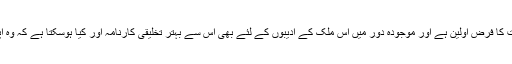
اس لئے عوام کی بہتری پر عمومی جماعت کا فرض اولین ہے اور موجودہ دور میں اس ملک کے ادیبوں کے لئے بھی اس سے بہتر تخلیقی کارنامہ اور کیا ہوسکتا ہے کہ وہ اپنی کاوشوں سے اس دن کو قریب لے آئیں۔